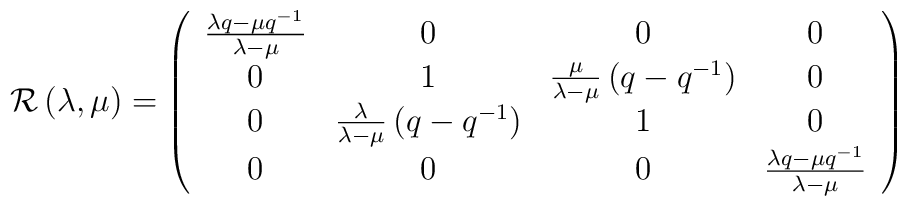
{\cal R}\left( \lambda ,\mu \right) =\left(\begin{array}{cccc}\frac{\lambda q-\mu q^{-1}}{\lambda -\mu } & 0 & 0 & 0 \\0 & 1 & \frac \mu {\lambda -\mu }\left( q-q^{-1}\right)  & 0 \\0 & \frac \lambda {\lambda -\mu }\left( q-q^{-1}\right)  & 1 & 0 \\0 & 0 & 0 & \frac{\lambda q-\mu q^{-1}}{\lambda -\mu }\end{array}\right)